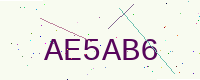
Text: AE5AB6